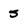
Character: 5